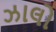
ઝાલો